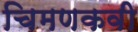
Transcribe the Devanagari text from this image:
चिमणकवी